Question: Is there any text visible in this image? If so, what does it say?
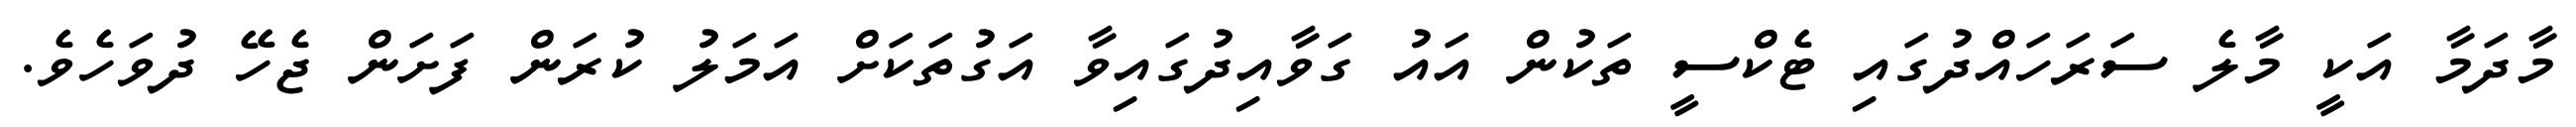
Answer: މާދަމާ އަކީ މާލެ ސަރަހައްދުގައި ޓެކްސީ ތަކުން އައު ގަވާއިދުގައިވާ އަގުތަކަށް އަމަލު ކުރަން ފަށަން ޖެހޭ ދުވަހެވެ.